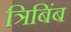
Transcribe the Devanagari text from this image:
त्रिबिंब